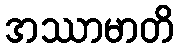
အဿာမာတိ